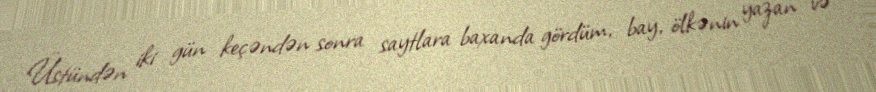
Üstündən iki gün keçəndən sonra saytlara baxanda gördüm, bay, ölkənin yazan və